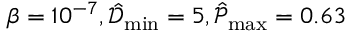
\beta = 1 0 ^ { - 7 } , \hat { \mathcal { D } } _ { \operatorname* { m i n } } = 5 , \hat { \mathcal { P } } _ { \operatorname* { m a x } } = 0 . 6 3